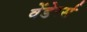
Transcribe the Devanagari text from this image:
वेंडेरर्स